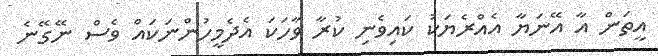
އީތަން އާ އޭނަޔާ އެއްރެޔަކު ކައިވެނި ކުރާ ވާހަކަ އެދެމީހުންނަކައް ވެސް ނޭގޭނެ